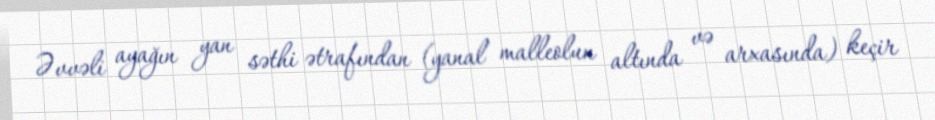
Əvvəli ayağın yan səthi ətrafından (yanal malleolun altında və arxasında) keçir